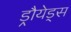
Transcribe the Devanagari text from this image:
ड्रौयेड्स